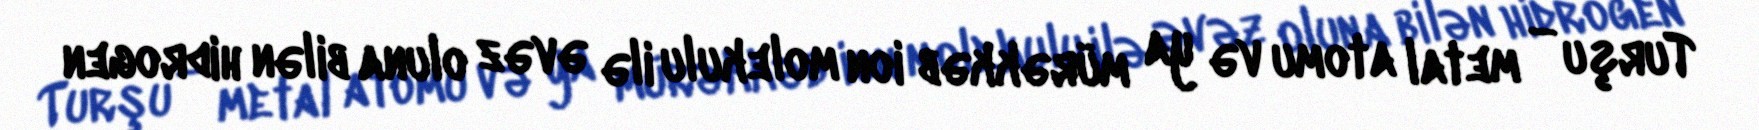
Turşu — metal atomu və ya mürəkkəb ion molekulu ilə əvəz oluna bilən hidrogen